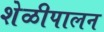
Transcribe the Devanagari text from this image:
शेळीपालन